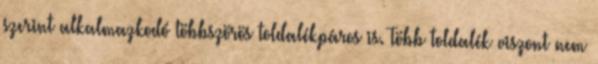
szerint alkalmazkodó többszörös toldalékpáros is. Több toldalék viszont nem